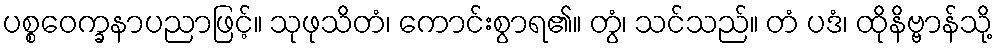
ပစ္စဝေက္ခနာပညာဖြင့်။ သုဖုသိတံ၊ ကောင်းစွာရ၏။ တွံ၊ သင်သည်။ တံ ပဒံ၊ ထိုနိဗ္ဗာန်သို့